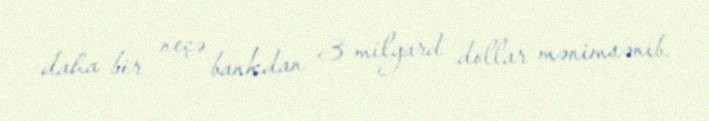
daha bir neçə bankdan 3 milyard dollar mənimsənib.